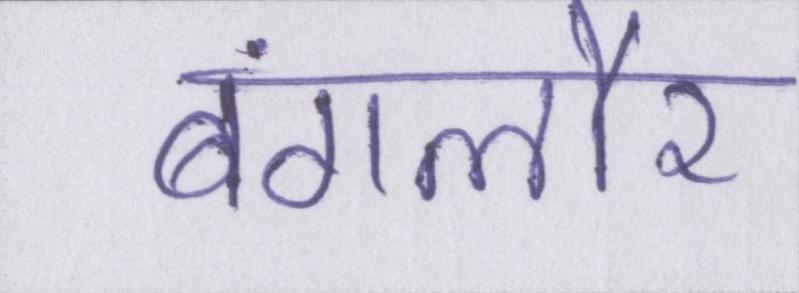
बंगलौर